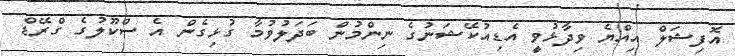
އޮފިޝަލް އިއްޔެ ވިދާޅުވީ އެޑިއުކޭޝަނުގެ ނިންމުން ބަދަލުވުމާ ގުޅިގެން އެ ސްކޫލުގެ ގްރޭޑް